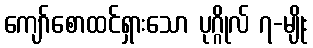
ကျော်စောထင်ရှားသော ပုဂ္ဂိုလ် ၇-မျိုး